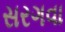
સરગવા